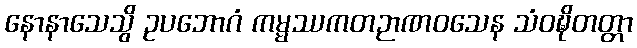
နောနာသေသွိ ဥပဘောဂံ ကမ္မဿကတဉာဏဝသေန သံဝဍ္ဎိတတ္တာ